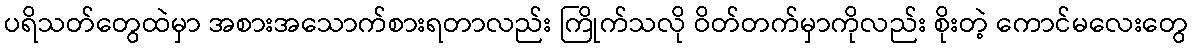
ပရိသတ်တွေထဲမှာ အစားအသောက်စားရတာလည်း ကြိုက်သလို ဝိတ်တက်မှာကိုလည်း စိုးတဲ့ ကောင်မလေးတွေ